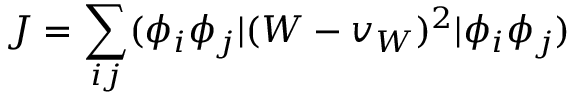
J = \sum _ { i j } ( \phi _ { i } \phi _ { j } | ( W - v _ { W } ) ^ { 2 } | \phi _ { i } \phi _ { j } )